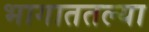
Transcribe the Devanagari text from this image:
भागाततल्या